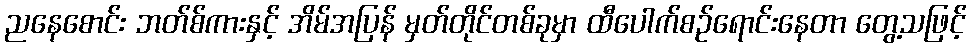
ညနေစောင်း ဘတ်စ်ကားနှင့် အိမ်အပြန် မှတ်တိုင်တစ်ခုမှာ ထီပေါက်စဉ်ရောင်းနေတာ တွေ့သဖြင့်